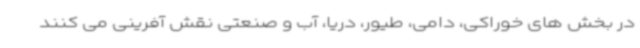
در بخش های خوراکی، دامی، طیور، دریا، آب و صنعتی نقش آفرینی می کنند